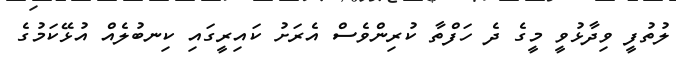
ލުތުފީ ވިދާޅުވީ މީގެ ދެ ހަފްތާ ކުރިންވެސް އެރަށު ކައިރީގައި ކިނބުލެއް އުޅޭކަމުގެ